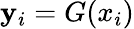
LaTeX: \mathbf{y}_{i}=G(x_{i})